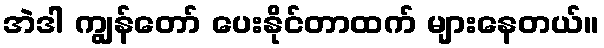
အဲဒါ ကျွန်တော် ပေးနိုင်တာထက် များနေတယ်။